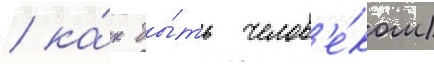
/ ка́к бы́ть челов'е́ком)